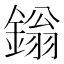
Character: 鎓